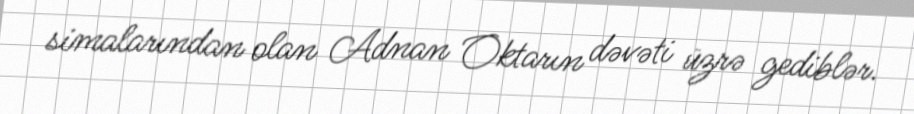
simalarından olan Adnan Oktarın dəvəti üzrə gediblər.